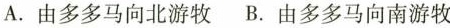
A. 由多多马向北游牧 B. 由多多马向南游牧